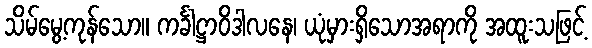
သိမ်မွေ့ကုန်သော။ ကင်္ခါဋ္ဌာဝိဒါလနေ၊ ယုံမှားရှိသောအရာကို အထူးသဖြင့်